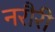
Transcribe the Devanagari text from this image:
नरौरी